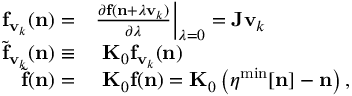
\begin{array} { r l } { { \bf f } _ { { \bf v } _ { k } } ( { \bf n } ) = } & { \frac { \partial { \bf f } ( { \bf n } + \lambda { \bf v } _ { k } ) } { \partial \lambda } \Big \vert _ { \lambda = 0 } = { \bf J } { \bf v } _ { k } } \\ { { \widetilde { \bf f } } _ { { \bf v } _ { k } } ( { \bf n } ) \equiv } & { ~ { \bf K } _ { 0 } { \bf f } _ { { \bf v } _ { k } } ( { \bf n } ) } \\ { { \widetilde { \bf f } } { \bf ( n ) } = } & { ~ { \bf K } _ { 0 } { \bf f ( n ) } = { \bf K } _ { 0 } \left( { \boldsymbol \eta } ^ { \mathrm { m i n } } [ { \bf n } ] - { \bf n } \right) , } \end{array}